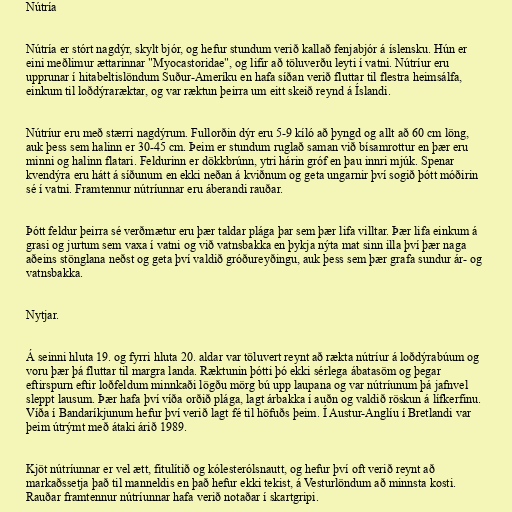
Nútría

Nútría er stórt nagdýr, skylt bjór, og hefur stundum verið kallað fenjabjór á íslensku. Hún er
eini meðlimur ættarinnar "Myocastoridae", og lifir að töluverðu leyti í vatni. Nútríur eru
upprunar í hitabeltislöndum Suður-Ameríku en hafa síðan verið fluttar til flestra heimsálfa,
einkum til loðdýraræktar, og var ræktun þeirra um eitt skeið reynd á Íslandi.

Nútríur eru með stærri nagdýrum. Fullorðin dýr eru 5-9 kíló að þyngd og allt að 60 cm löng,
auk þess sem halinn er 30-45 cm. Þeim er stundum ruglað saman við bísamrottur en þær eru
minni og halinn flatari. Feldurinn er dökkbrúnn, ytri hárin gróf en þau innri mjúk. Spenar
kvendýra eru hátt á síðunum en ekki neðan á kviðnum og geta ungarnir því sogið þótt móðirin
sé í vatni. Framtennur nútríunnar eru áberandi rauðar.

Þótt feldur þeirra sé verðmætur eru þær taldar plága þar sem þær lifa villtar. Þær lifa einkum á
grasi og jurtum sem vaxa í vatni og við vatnsbakka en þykja nýta mat sinn illa því þær naga
aðeins stönglana neðst og geta því valdið gróðureyðingu, auk þess sem þær grafa sundur ár- og
vatnsbakka.

Nytjar.

Á seinni hluta 19. og fyrri hluta 20. aldar var töluvert reynt að rækta nútríur á loðdýrabúum og
voru þær þá fluttar til margra landa. Ræktunin þótti þó ekki sérlega ábatasöm og þegar
eftirspurn eftir loðfeldum minnkaði lögðu mörg bú upp laupana og var nútríunum þá jafnvel
sleppt lausum. Þær hafa því víða orðið plága, lagt árbakka í auðn og valdið röskun á lífkerfinu.
Víða í Bandaríkjunum hefur því verið lagt fé til höfuðs þeim. Í Austur-Anglíu í Bretlandi var
þeim útrýmt með átaki árið 1989.

Kjöt nútríunnar er vel ætt, fitulítið og kólesterólsnautt, og hefur því oft verið reynt að
markaðssetja það til manneldis en það hefur ekki tekist, á Vesturlöndum að minnsta kosti.
Rauðar framtennur nútríunnar hafa verið notaðar í skartgripi.